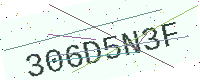
Text: 306D5N3F